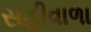
સહીવાળા